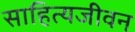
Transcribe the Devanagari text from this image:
साहित्यजीवन